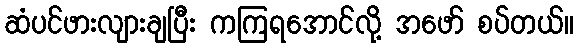
ဆံပင်ဖားလျားချပြီး ကကြရအောင်လို့ အဖော် စပ်တယ်။